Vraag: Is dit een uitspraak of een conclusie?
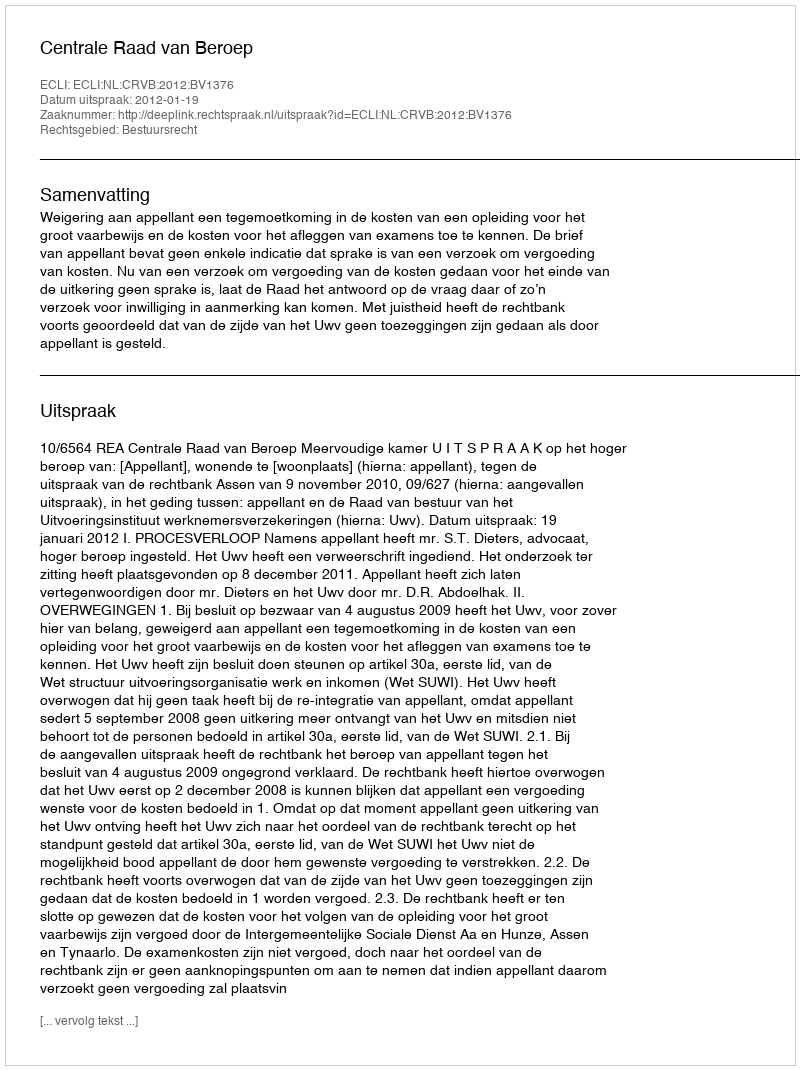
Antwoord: Uitspraak